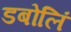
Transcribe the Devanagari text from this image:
डबोलिं